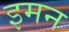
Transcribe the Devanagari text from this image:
इमन